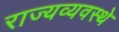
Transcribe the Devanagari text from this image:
राज्यव्यवस्थे